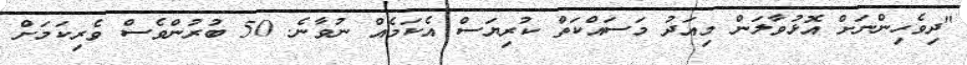
"ދިވެހިންނަށް އޮޅުވާލަން މިއަދު މަސައްކަތް ކުރިޔަސް އެކަމެއް ނުވާނެ. 50 ބުރުންވެސް ވެރިކަމަށް